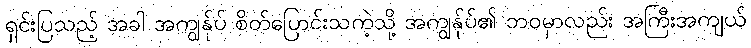
ရှင်းပြသည့် အခါ အကျွန်ုပ် စိတ်ပြောင်းသကဲ့သို့ အကျွန်ုပ်၏ ဘဝမှာလည်း အကြီးအကျယ်